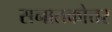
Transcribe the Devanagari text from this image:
सनातकोत्तर